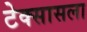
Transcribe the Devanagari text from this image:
टेक्सासला